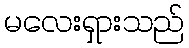
မလေးရှားသည်